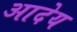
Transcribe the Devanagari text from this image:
आदेय